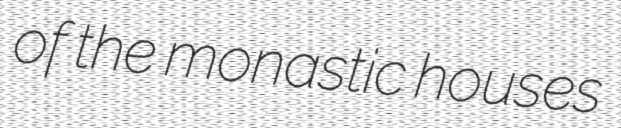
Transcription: of the monastic houses